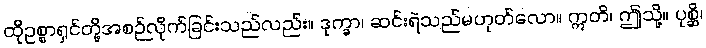
ထိုဥစ္စာရှင်တို့အစဉ်လိုက်ခြင်းသည်လည်း။ ဒုက္ခာ၊ ဆင်းရဲသည်မဟုတ်လော။ ဣတိ၊ ဤသို့။ ပုစ္ဆိ၊